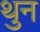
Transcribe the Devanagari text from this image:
थुन